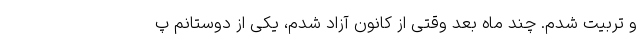
و تربیت شدم. چند ماه بعد وقتی از کانون آزاد شدم، یکی از دوستانم پ